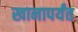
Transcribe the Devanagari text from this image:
खानापर्यंत